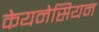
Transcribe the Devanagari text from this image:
केयनेसियन